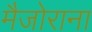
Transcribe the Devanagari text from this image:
मैजोराना